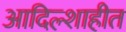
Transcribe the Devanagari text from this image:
आदिल्शाहीत